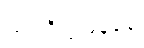
သပရိက္ကမနံပေ